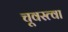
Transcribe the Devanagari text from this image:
चूवस्त्वा